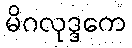
မိဂလုဒ္ဒကေ